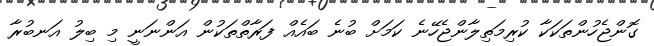
ގޮންޖެހުންތަކަކާ ކުރިމަތިލާންޖެހޭނެ ކަމަށް ބުނެ ބައެއް ފަރާތްތަކުން އަންނަނީ މި ބިލު އަނބުރާ